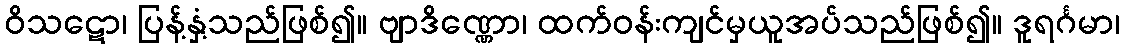
ဝိသဋော၊ ပြန့်နှံ့သည်ဖြစ်၍။ ဗျာဒိဏ္ဏော၊ ထက်ဝန်းကျင်မှယူအပ်သည်ဖြစ်၍။ ဒူရင်္ဂမာ၊